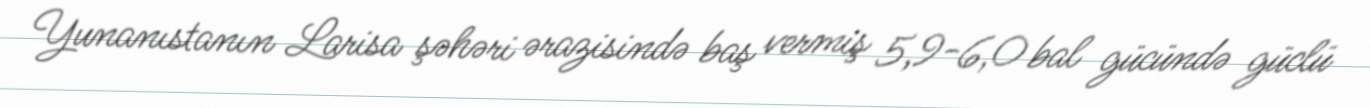
Yunanıstanın Larisa şəhəri ərazisində baş vermiş 5,9-6,0 bal gücündə güclü